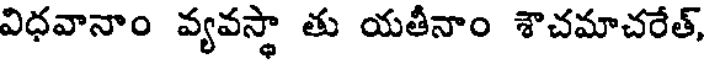
విధవానాం వ్యవస్థా తు యతీనాం శౌచమాచరేత్,